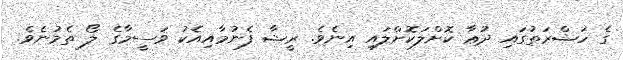
ގެ ހަޟްރަތުގައި ދުޢާ ކޮށްލަކޮށްލަައި އިނެވެ. ރީޝާ ފެނުމާއިއެކު ވަސީމާގެ ލޯ ތެމުނެވެ.